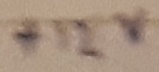
Text: +12V